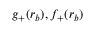
g _ { + } ( r _ { b } ) , f _ { + } ( r _ { b } )